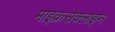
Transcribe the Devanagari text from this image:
माइक्रसेक्लाइन